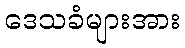
ဒေသခံများအား